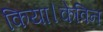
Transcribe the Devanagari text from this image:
किया।केविन